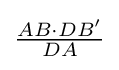
{\textstyle {\frac {AB\cdot DB'}{DA}}}